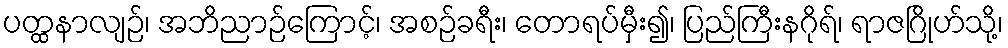
ပတ္ထနာလျဉ်၊ အဘိညာဉ်ကြောင့်၊ အစဉ်ခရီး၊ တောရပ်မှီး၍၊ ပြည်ကြီးနဂိုရ်၊ ရာဇဂြိုဟ်သို့၊